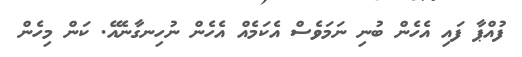
ފުއްޕާ ފައި އެހެން ބުނި ނަމަވެސް އެކަމެއް އެހެން ނުހިނގާނެއޭ. ކަން މިހެން